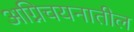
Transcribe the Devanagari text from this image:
अग्निचयनातील